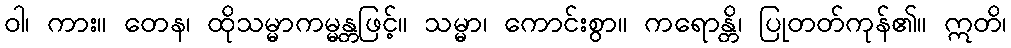
ဝါ၊ ကား။ တေန၊ ထိုသမ္မာကမ္မန္တဖြင့်။ သမ္မာ၊ ကောင်းစွာ။ ကရောန္တိ၊ ပြုတတ်ကုန်၏။ ဣတိ၊